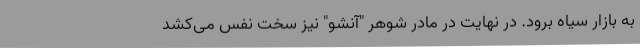
به بازار سیاه برود. در نهایت در مادر شوهر "آنشو" نیز سخت نفس می‌کشد